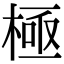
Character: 極